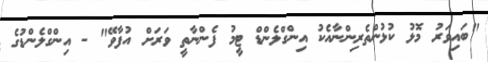
"ބައިވަރު މޮޅު ކުޅުންތެރިންނާއެކު އިންގްލެންޑް ޓީމު ފެންނާތީ ވަރަށް އުފާވޭ" - އިންގްލެންޑުގެ